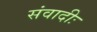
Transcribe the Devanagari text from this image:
संवादीः